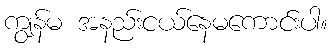
ကျွန်မ အနည်းငယ်နေမကောင်းပါ။